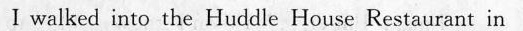
Ⅰ walked imtu the Hudldle Heure Restaurant in